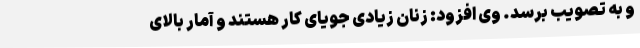
و به تصویب برسد. وی افزود: زنان زیادی جویای کار هستند و آمار بالای